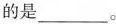
的是_______。